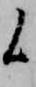
候